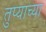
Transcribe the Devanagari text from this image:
तुप्याच्या